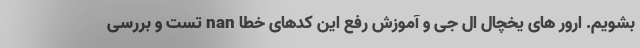
بشویم. ارور های یخچال ال جی و آموزش رفع این کدهای خطا nan تست و بررسی